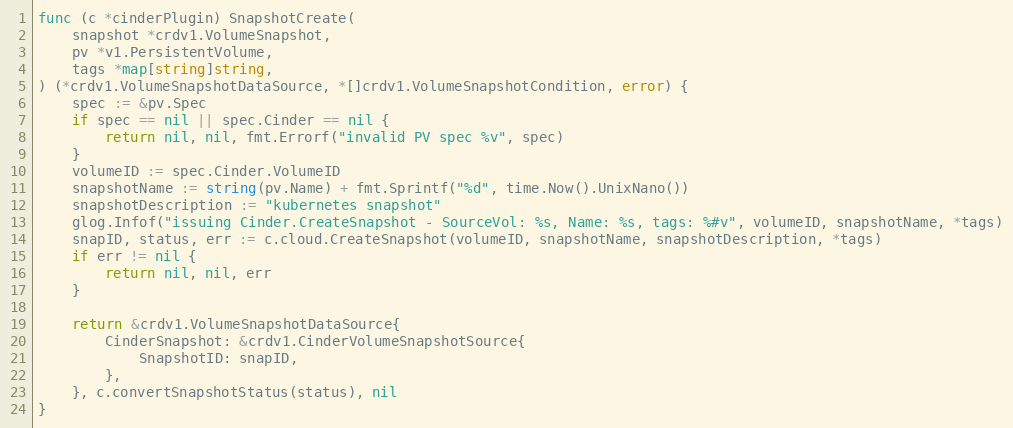
Language: Go
func (c *cinderPlugin) SnapshotCreate(
	snapshot *crdv1.VolumeSnapshot,
	pv *v1.PersistentVolume,
	tags *map[string]string,
) (*crdv1.VolumeSnapshotDataSource, *[]crdv1.VolumeSnapshotCondition, error) {
	spec := &pv.Spec
	if spec == nil || spec.Cinder == nil {
		return nil, nil, fmt.Errorf("invalid PV spec %v", spec)
	}
	volumeID := spec.Cinder.VolumeID
	snapshotName := string(pv.Name) + fmt.Sprintf("%d", time.Now().UnixNano())
	snapshotDescription := "kubernetes snapshot"
	glog.Infof("issuing Cinder.CreateSnapshot - SourceVol: %s, Name: %s, tags: %#v", volumeID, snapshotName, *tags)
	snapID, status, err := c.cloud.CreateSnapshot(volumeID, snapshotName, snapshotDescription, *tags)
	if err != nil {
		return nil, nil, err
	}

	return &crdv1.VolumeSnapshotDataSource{
		CinderSnapshot: &crdv1.CinderVolumeSnapshotSource{
			SnapshotID: snapID,
		},
	}, c.convertSnapshotStatus(status), nil
}